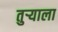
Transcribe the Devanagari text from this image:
तुर्‍याला